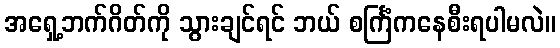
အရှေ့ဘက်ဂိတ်ကို သွားချင်ရင် ဘယ် စင်္ကြံကနေစီးရပါမလဲ။